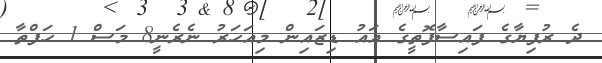
ދެ ރުފިޔާގެ ފައިސާފޮތީގެ އައު ޑިޒައިން މިއަހަރު ނެރެނީ8 މަސް 1 ހަފްތާ